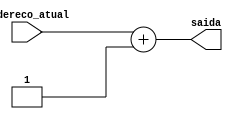
module somador1(endereco_atual, saida);
	
	// input
	input [31:0] endereco_atual;
	
	// output 
	output [31:0] saida;
	
	assign saida = endereco_atual + 1;
endmodule